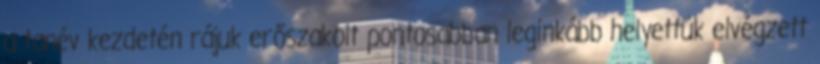
a tanév kezdetén rájuk erőszakolt pontosabban leginkább helyettük elvégzett